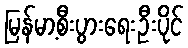
မြန်မာ့စီးပွားရေးဦးပိုင်